Civil Veterinary Department Bihar & Orissa reports 1911-21 - 1911-1921
Year: 1911
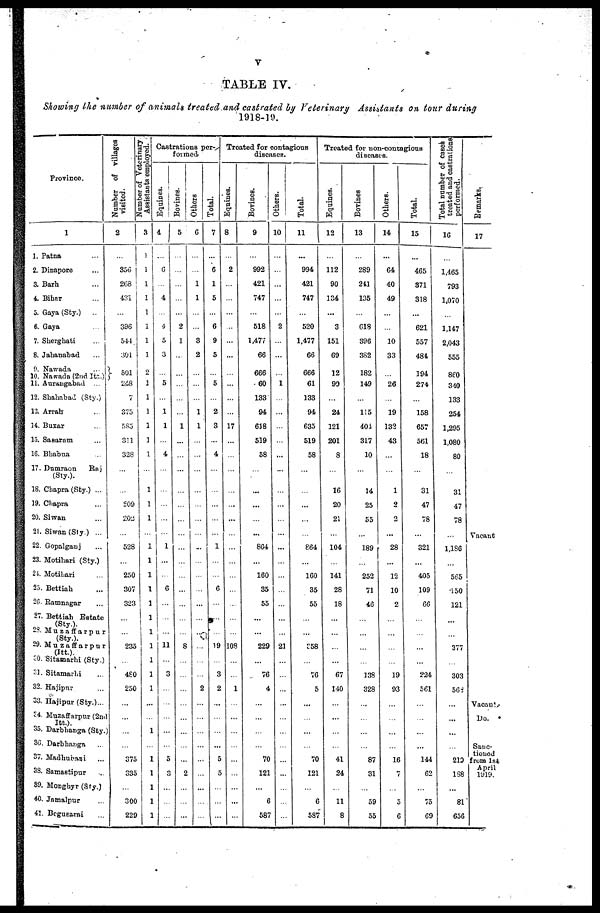
V
TABLE IV.
Showing the number of animals treated and castrated by Veterinary Assistants on tour during
1918-19.
Province.
1
1. Patna …
2. Dinapore …
3. Barh …
4. Bihar …
5. Gaya (Sty.) ...
6. Gaya …
7. Sherghati …
8. Jahanabad …
9. Nawada …
10. Nawada (2nd Its.)
11. Aurangabad …
12. Shahabad (Sty.)
13. Arrah …
14. Buxar …
15. Sasaram …
16. Bhabua …
17. Dumraon
Raj
(Sty.).
18. Chapra (Sty.) ...
19. Chapra …
20. Siwan …
21. Siwan(Sly) ...
22. Gopalganj …
23. Motihari (Sty.)
24. Motiliari …
25. Bettiah …
26. Ramnagar …
27. Bettiah Estate
(Sty.).
28. Muzaffarpur
(Sty.).
29. Muzaffarpur
(Itt.).
30. Sitamarhi (Sty.)
31. Sitamarhi …
32. Hajipur …
33. Hajipur (Sty.)...
34. Muzaffarpur (2nd
Itt.).
35. Darbhanga (Sty.
36. Darbhanga
37. Madhubani …
38. Samastipur ...
49. Monghyr (Sty.)
40. Jamalpur …
41. BcguEarai …
Number of villages
visited.
2
...
356
268
431
...
396
544
391
501
248
7
375
583
311
328
…
…
209
202
…
528
…
250
307
323
…
…
...
235
…
480
250
…
...
...
…
375
335
…
300
229
Number of Veterinary
Assistants
employed.
3
...
1
1
1
1
1
1
1
2
1
1
1
1
1
1
…
1
1
1
...
1
1
1
1
1
1
1
1
1
1
1
1
…
…
1
…
1
1
1
1
1
Castrations per-
formed.
Equines.
4
…
6
…
4
…
4
5
3
…
5
…
1
1
…
4
...
…
…
…
…
1
…
…
6
…
…
…
11
…
3
…
…
…
…
…
5
3
…
…
…
Bovines.
5
…
…
…
…
…
2
1
…
…
…
…
…
1
…
…
…
…
…
…
…
…
…
…
…
…
…
…
8
…
…
…
…
…
…
…
…
2
…
…
…
Others
6
…
…
1
1
…
…
3
2
…
…
…
1
1
…
…
…
…
…
…
…
…
…
…
…
…
…
…
…
… …
...
...
2
…
…
…
…
...
…
…
…
…
Total.
7
…
6
1
5
…
6
9
5
…
5
…
2
3
…
4
…
…
…
…
…
1
…
…
6
…
…
…
19
…
3
2
…
…
…
…
5
5
…
…
…
Treated for contagious
diseases.
Equines.
8
…
2
…
…
…
…
…
...
…
…
…
…
17
…
…
…
…
...
...
…
…
…
…
…
…
…
…
108
…
…
1
…
…
…
…
…
…
…
...
…
Bovines.
9
…
992
421
747
…
518
1,477
66
666
60
133
94
618
519
58
…
...
...
…
...
864
…
160
35
55
…
...
229
…
76
4
…
…
...
…
70
121
…
6
587
Others.
10
…
…
…
…
…
2
…
…
…
1
…
…
…
…
...
…
…
…
…
…
...
…
…
…
…
…
…
21
…
…
…
…
…
…
…
…
…
…
…
…
Total.
11
...
994
421
747
…
520
1,477
66
666
61
133
94
635
519
58
…
…
...
…
…
864
…
160
35
55
…
…
358
…
76
5
...
…
…
…
70
121
…
6
587
Treated for non-contagions
diseases.
Equines.
12
…
112
90
134
…
3
151
69
12
99
…
24
121
201
8
…
16
20
21
…
104
…
141
28
18
…
…
…
…
67
140
…
…
…
…
41
24
…
11
8
Bovines
13
…
289
241
135
…
618
396
382
182
149
…
115
404
317
10
…
14
25
55
…
189
…
252
71
46
…
…
…
… …
138
328
…
…
…
…
87
31
…
59
55
Others.
14
…
64
40
49
…
…
10
33
…
26
…
19
132
43
…
…
1
2
2
...
28
…
12
10
2
…
…
…
…
19
93
…
…
…
…
16
7
…
5
6
Total.
15
...
465
371
318
…
621
557
484
194
274
...
158
657
561
18
…
31
47
78
…
321
…
405
109
66
…
…
…
…
224
561
…
…
…
…
144
62
…
75
69
Total number of cases
treated and castrations
performed.
16
…
1,465
793
1,070
…
1,147
2,043
555
860
340
133
254
1,295
1,080
80
…
31
47
78
…
1,186
…
565
150
121
…
…
377
…
303
568
…
...
…
…
219
188
…
81
656
Remarks.
17
Vacant
Vacant.
Do.
Sanc-
tioned
from 1st
April
1919.